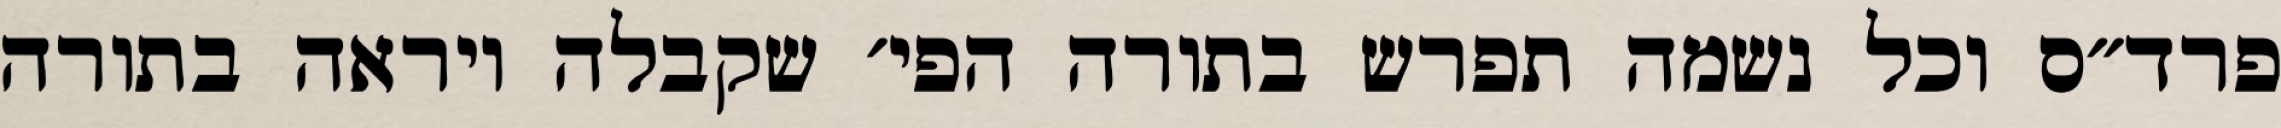
פרד״ס וכל נשמה תפרש בתורה הפי׳ שקבלה ויראה בתורה